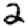
Digit: 2